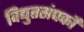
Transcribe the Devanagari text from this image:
विद्युतसंपर्कों